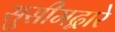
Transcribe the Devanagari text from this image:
सुसीमद्वारे